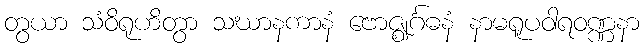
တွယာ သံဝိရုဟိတွာ သဃာနကာနံ ဗောဇ္ဈင်္ဂဓနံ နာမရူပဝါရဝဏ္ဏနာ